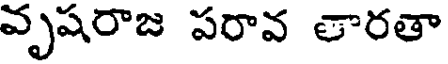
వృషరాజ పరావ తారతా